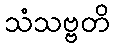
သံသဗ္ဗတိ